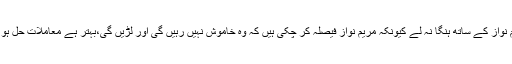
نجم سیٹھی نے کہا کہ حکومت مریم نواز کے ساتھ ہنگا نہ لے کیونکہ مریم نواز فیصلہ کر چکی ہیں کہ وہ خاموش نہیں رہیں گی اور لڑیں گی،بہتر ہے معاملات حل ہو جائیں ورنہ ریاست کا نقصان ہو گا۔